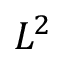
L ^ { 2 }